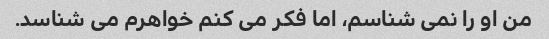
من او را نمی شناسم، اما فکر می کنم خواهرم می شناسد.